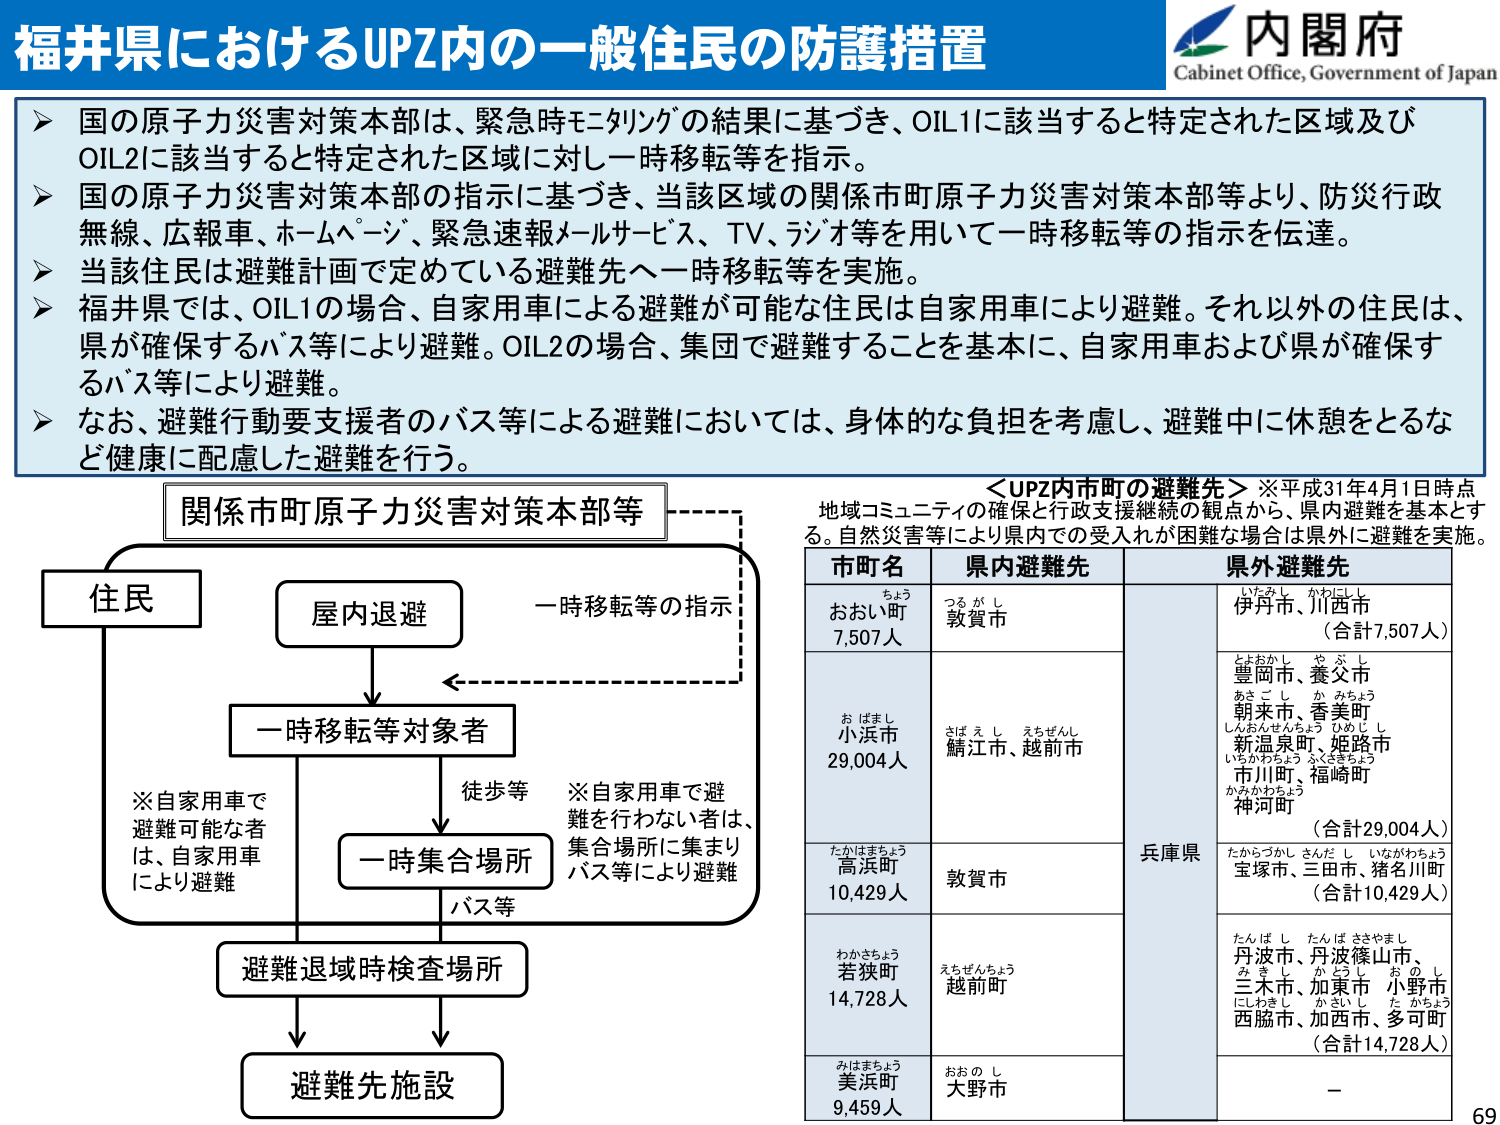
福井県におけるUPZ内の一一般住民の防護措置

内閣府
Cabinet Office, Government of Japan

▶ 国の原子力災害対策本部は、緊急時モニタリングの結果に基づき、OIL1に該当すると特定された区域及びOIL2に該当すると特定された区域に対し一時移転等を指示。
▶ 国の原子力災害対策本部の指示に基づき、当該区域の関係市町原子力災害対策本部等より、防災行政無線、広報車、ホームページ、緊急速報メールサービス、TV、ラジオ等を用いて一時移転等の指示を伝達。
▶ 当該住民は避難計画で定めている避難先へ一時移転等を実施。
▶ 福井県では、OIL1の場合、自家用車による避難が可能な住民は自家用車により避難。それ以外の住民は、県が確保するバス等により避難。OIL2の場合、集団で避難することを基本に、自家用車および県が確保するバス等により避難。
▶ なお、避難行動要支援者のバス等による避難においては、身体的な負担を考慮し、避難中に休憩をとるなど健康に配慮した避難を行う。

関係市町原子力災害対策本部等

住民
屋内退避
一時移転等の指示
一時移転等対象者
※自家用車で避難可能な者は、自家用車により避難
徒歩等
一時集合場所
※自家用車で避難を行わない者は、集合場所に集まりバス等により避難
バス等
避難退域時検査場所
避難先施設

＜UPZ内市町の避難先＞※平成31年4月1日時点
地域コミュニティの確保と行政支援継続の観点から、県内避難を基本とする。自然災害等により県内での受入れが困難な場合は県外に避難を実施。

市町名 県内避難先 県外避難先
おおい町 7,507人 敦賀市 伊丹市、川西市 （合計7,507人）
小浜市 29,004人 鯖江市、越前市 兵庫県 豊岡市、養父市 あさご市、かみちょう 朝来市、香美町 しんおんせんちょう ひめじし 新温泉町、姫路市 いちかわちょう ふくさきちょう 市川町、福崎町 かみかわちょう 神河町 （合計29,004人）
高浜町 10,429人 敦賀市 たかづかし さんだし いながわちょう 宝塚市、三田市、猪名川町 （合計10,429人）
若狭町 14,728人 越前町 たんばし たんばささやまし 丹波市、丹波篠山市、 みきし かとうし おのし 三木市、加東市、小野市 にしわきし かさいし たかちょう 西脇市、加西市、多可町 （合計14,728人）
美浜町 9,459人 大野市 －

69